system: You are a helpful assistant.
user:
Analyze the provided spectrum to determine if it is a **"Cataclysmic Variables (CV)"**.

- **Key Indicators for CV (Check for either state):**
    - **State 1: Quiescent / Low-State (Emission-Dominated)**
        - **(Primary):** Strong and *very broad* Hydrogen Balmer emission lines (e.g., $H\alpha$ at 6563 Å, $H\beta$ at 4861 Å). The 'broadness' (high velocity dispersion, often FWHM > 1000 km/s) is the key diagnostic, indicating a high-velocity accretion disk.
        - **(Secondary):** Broad neutral Helium (He I) emission lines (e.g., 5876 Å, 6678 Å).
        - **(Key Confirmation):** Presence of high-excitation *ionized* Helium (He II) emission at 4686 Å. This is a strong indicator of accretion onto a white dwarf.
        - **(Line Profile):** Emission lines may exhibit a 'double-peaked' profile, which is a classic signature of a rotating accretion disk viewed at high inclination.

    - **State 2: Outburst / High-State (Absorption-Dominated)**
        - **(Primary):** Spectrum is dominated by a bright, blue continuum (looks like a hot star).
        - **(Secondary):** The emission lines from State 1 are weak, absent, or 'filled in', and are replaced by broad, shallow *absorption* lines (primarily Balmer and He I).
        - **(Morphology):** The overall spectrum mimics a hot B/A-type star. The crucial difference is that the absorption lines are significantly broader, shallower, and more 'washed-out' (or 'smeared') than the sharp lines of a normal stellar photosphere, due to high rotational speeds and pressure broadening in the disk.

Think first, call **spectral_visualization_tool** if needed to examine features in detail, then provide your final answer. Your response must adhere to the following strict rules:
1.  **Overall Structure:** Your response must follow the format `<think>...</think> <tool_call>...</tool_call> (if a tool is used) <answer>...</answer>`.
2.  **Tool Usage Constraint:** You may only make **one** tool call per turn.
3.  **Final Answer Format:** In the `<answer>` tag, your conclusion must be inside a `\boxed{}` command (e.g., `\boxed{YES}`), followed by your justification.

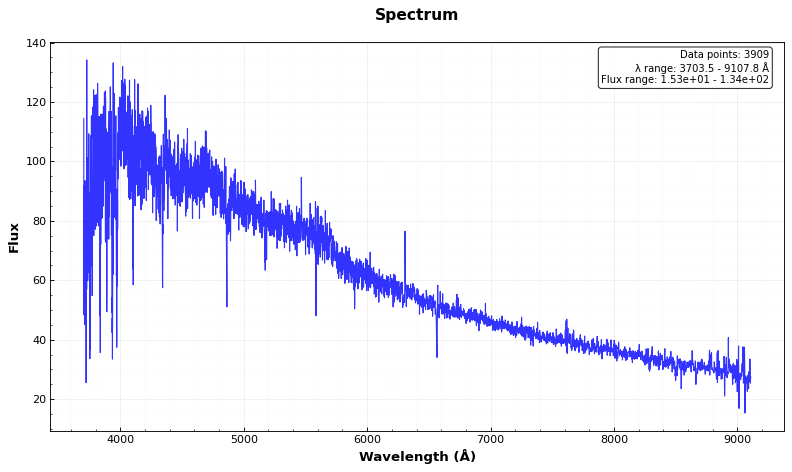
Answer: NO